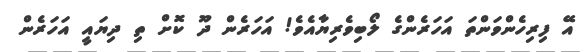
އޭ ފިރިހެންވަންތަ އަހަރެންގެ ލޯބިވެރިޔާއެވެ! އަހަރެން ދޫ ކޮށް ތި ދިޔައީ އަހަރެން